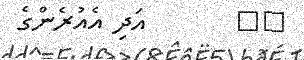
٣١       އަދި އެއުރެންގެ